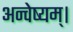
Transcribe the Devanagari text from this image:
अन्वेष्यम्।